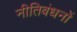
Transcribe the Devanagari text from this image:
नीतिबंधनों